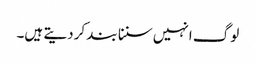
لوگ انہیں سننا بند کردیتے ہیں۔